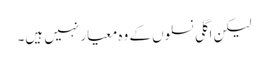
لیکن اگلی نسلوں کے وہ معیار نہیں ہیں۔